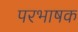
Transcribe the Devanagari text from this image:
परभाषक